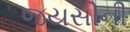
જયસીની